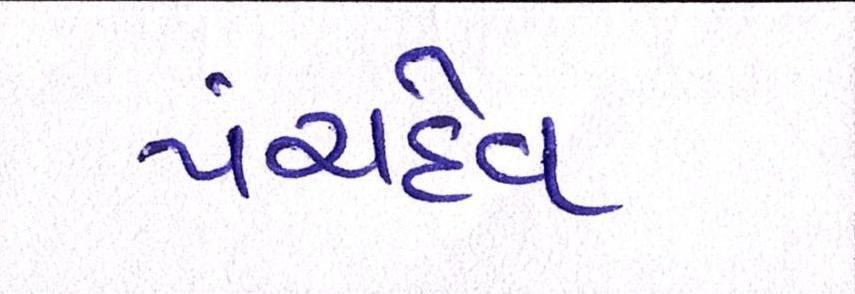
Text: પંચદેવ